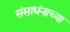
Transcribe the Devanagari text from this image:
संसाधंनाच्या